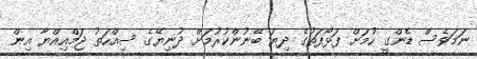
ނަމަވެސް ޑެންގީ ހުމަށް ފަޅޯފަތުގެ ދިޔަ ބޭނުންކުރުމަށް ދުނިޔޭގެ ސިއްހަތު ޖަމްއިއްޔާ އިން